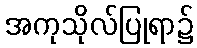
အကုသိုလ်ပြုရာ၌